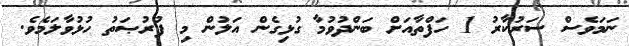
ނަމަވެސް ސަރުކާރު 1 ހަފްތާއަށް ބަންދުވުމާ ގުޅިގެން އަލުން މި ފުރުޞަތު ހުޅުވާލަމެވެ.